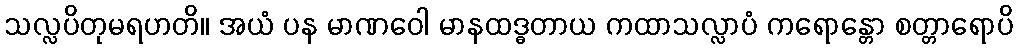
သလ္လပိတုမရဟတိ။ အယံ ပန မာဏဝေါ မာနထဒ္ဓတာယ ကထာသလ္လာပံ ကရောန္တော စတ္တာရောပိ